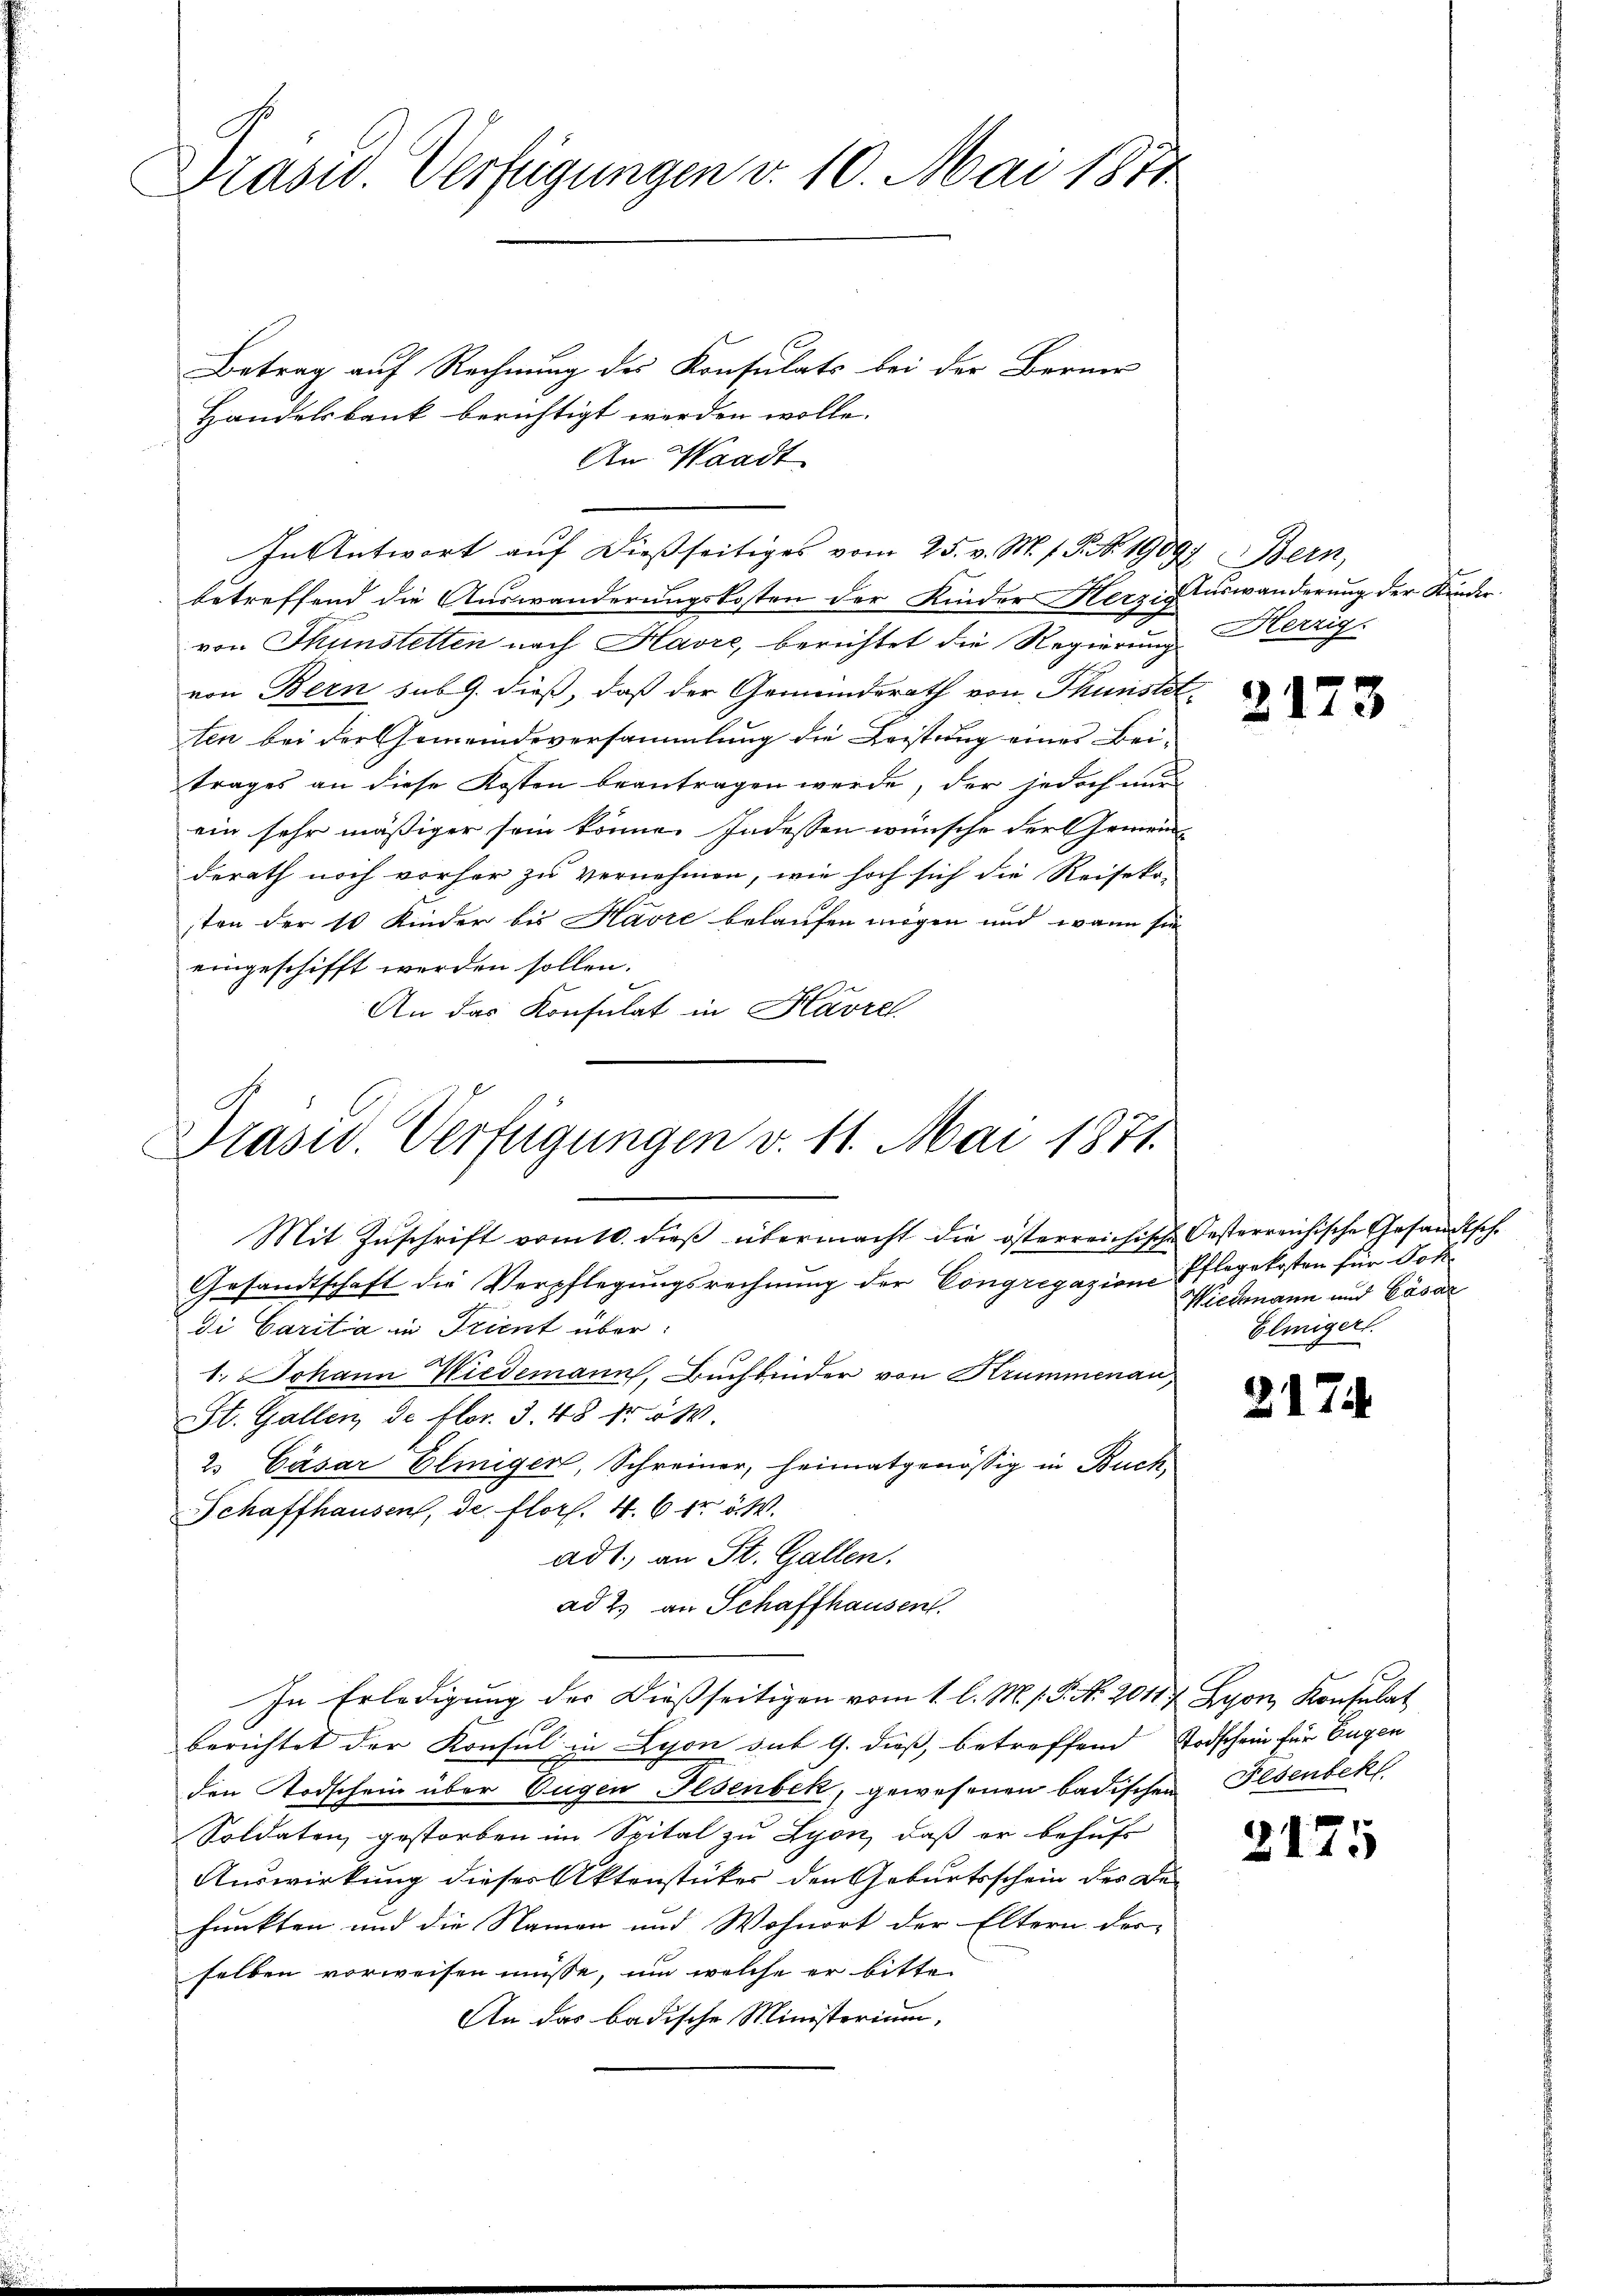
Präsid. Verfügungen v. 10. Mai 1871

An Waadt
betreffend die Auswanderungskosten der Kinder Herzixtuswanderung der Kinder
von Thunstetten nach Havre, berichtet die Regierung Herzig
von Bern sub 9. dieß, daß der Gemeinderath von Thunste
ten bei der Gemeindeversammlung die Leistung eines Bei-
trages an diese Kosten beantragen werde, der jedoch nur
ein sehr mäßiger sein könne. Indessen wünsche der Gemein-
derath noch vorher zu vernehmen, wie hoch sich die Reiseko-
sten der 10 Kinder bis Havre belaufen mögen und wann sie
eingeschifft werden sollen.
An das Konsulat in Havrel

Betrag auf Rechnung des Konsulats bei der Berner
Handelsbank berichtigt werden wolle.

Präsid. Verfügungen v. 11. Mai 1871.
Mit Zŭschrift vom 10. dieβ übermacht die österreichische Oesterreichische Gesandtsch

Gesandtschaft die Verpflegungsrechnung der Congregazione Pflegekosten für Dokdi Carita in Trient über:
1. Johann Niedemann, Buchbinder von Krummenau,
St. Gallen, de Flor. 3. 48 fr 54.
2 Cäsar Eliiger, Schreiner, heimatgenössig in Buch,
Schaffhausen, de flors. 4. 6 fr. v. M.
ad 1., an St. Gallen.
ad 2. an Schaffhausen.
In Erledigung der Dießseitigen vom 1. l. M. P.P. Nr. 20147. Lyon, Konsulat
berichtet der Konsul in Lyon sub G. dieß, betreffend Todschein für Eugen
den Todschein über Eugen Ilsenbek, gewesenen badischen Ilsenbek
Soldaten gestorben im Spital zu Lyon, daß er behufe
Auswirkung dieses Aktenstücker den Geburtsschein des De-
funkten und die Namen und Wohnort der Eltern der
selben vorweisen müsse, um welche er bitte
An das badische Ministerium,

In Antwort aŭf dießseitiges vom 25. v. M. h. T. No 19097 Bern,

2173

Wiedenann und Cäsar
Eliiger.

212

21.

5